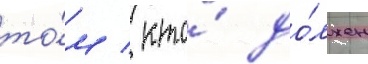
то́м / кто́ до́лжен